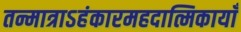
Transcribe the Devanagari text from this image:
तन्मात्राऽहंकारमहदात्मिकायाँ